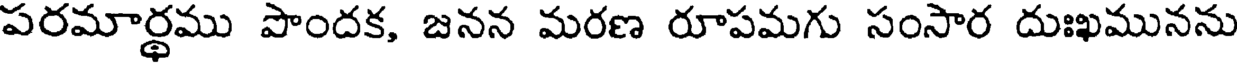
పరమార్థము పొందక, జనన మరణ రూపమగు సంసార దుఃఖమునను